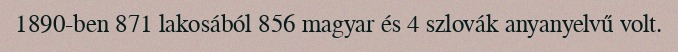
1890-ben 871 lakosából 856 magyar és 4 szlovák anyanyelvű volt.